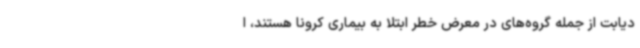
دیابت از جمله گروه‌های در معرض خطر ابتلا به بیماری کرونا هستند، ا